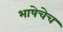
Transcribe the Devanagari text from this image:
भाषेचेच